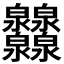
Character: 𤆁